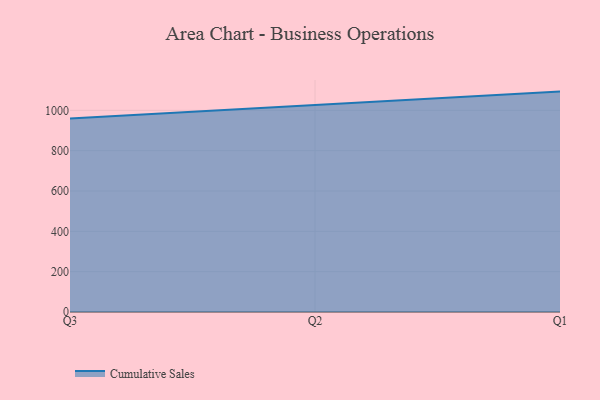
{"axis": {"x": "Quarter", "y": "Demand Index"}, "legend": ["Cumulative Sales"], "data": [{"x": "Q3", "y": 959.8, "type": "Cumulative Sales"}, {"x": "Q2", "y": 1027.8, "type": "Cumulative Sales"}, {"x": "Q1", "y": 1092.8, "type": "Cumulative Sales"}]}